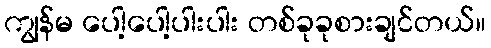
ကျွန်မ ပေါ့ပေါ့ပါးပါး တစ်ခုခုစားချင်တယ်။